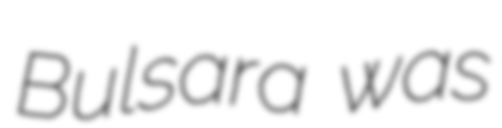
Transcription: Bulsara was